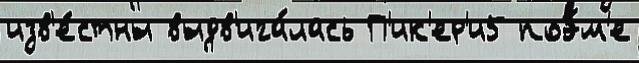
изв'е́стны выдв'ига́лась П'ик'ер'и5 поэ́м'е